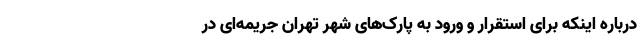
درباره اینکه برای استقرار و ورود به پارک‌های شهر تهران جریمه‌ای در